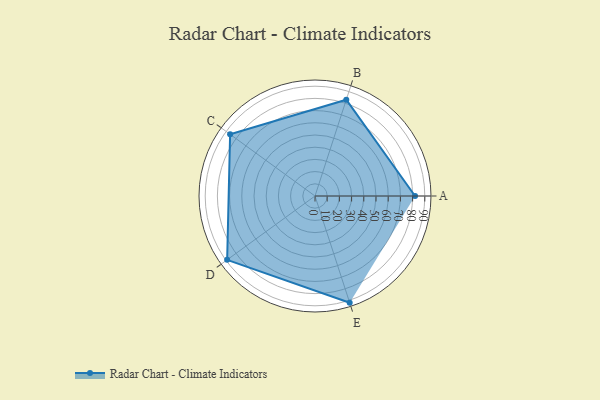
{"axis": {"x": "Skill", "y": "Score"}, "legend": ["Profile"], "data": [{"x": "A", "y": 82.0, "type": "Profile"}, {"x": "B", "y": 83.0, "type": "Profile"}, {"x": "C", "y": 86.0, "type": "Profile"}, {"x": "D", "y": 89.0, "type": "Profile"}, {"x": "E", "y": 92.0, "type": "Profile"}]}